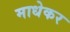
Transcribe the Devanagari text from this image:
माधेकर